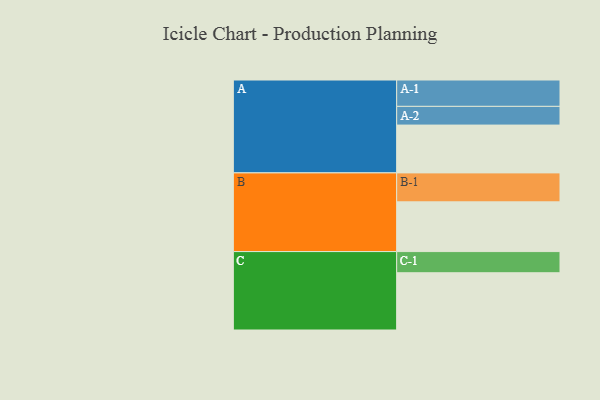
{"axis": {"x": "Segment", "y": "Value"}, "legend": ["", "A", "B", "C"], "data": [{"x": "A", "y": 350, "type": ""}, {"x": "B", "y": 364, "type": ""}, {"x": "C", "y": 419, "type": ""}, {"x": "A-1", "y": 193, "type": "A"}, {"x": "A-2", "y": 137, "type": "A"}, {"x": "B-1", "y": 212, "type": "B"}, {"x": "C-1", "y": 155, "type": "C"}]}